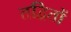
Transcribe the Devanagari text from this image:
तद्वितों